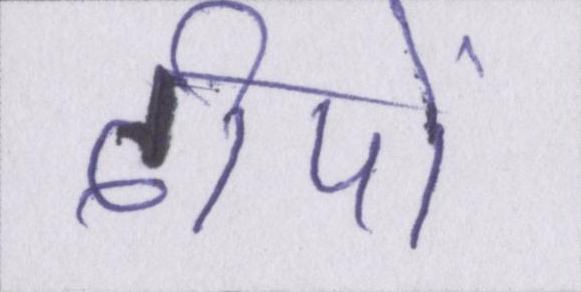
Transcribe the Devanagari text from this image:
दीपों